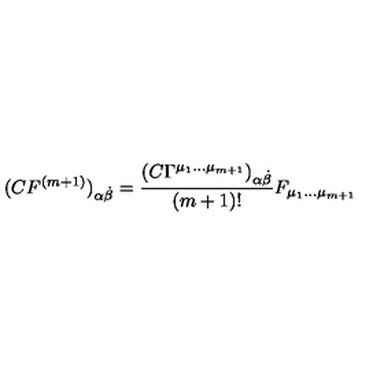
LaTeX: ( C { F } ^ { ( m + 1 ) } ) _ { \alpha { \dot { \beta } } } = \frac { \left( C \Gamma ^ { { \mu _ { 1 } } \dots { \mu } _ { m + 1 } } \right) _ { \alpha { \dot { \beta } } } } { ( m + 1 ) ! } F _ { \mu _ { 1 } \dots \mu _ { m + 1 } }